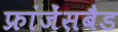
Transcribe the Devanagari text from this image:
फ्रांजेंसबैड